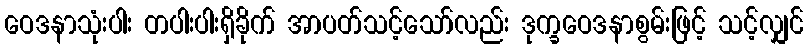
ဝေဒနာသုံးပါး တပါးပါးရှိခိုက် အာပတ်သင့်သော်လည်း ဒုက္ခဝေဒနာစွမ်းဖြင့် သင့်လျှင်